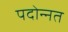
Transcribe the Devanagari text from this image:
पदोन्‍नत